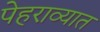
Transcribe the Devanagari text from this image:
पेहराव्यात